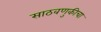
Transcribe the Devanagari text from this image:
साठवणुकीचा